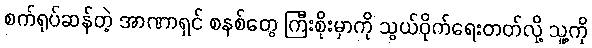
စက်ရုပ်ဆန်တဲ့ အာဏာရှင် စနစ်တွေ ကြီးစိုးမှာကို သွယ်ဝိုက်ရေးတတ်လို့ သူ့ကို